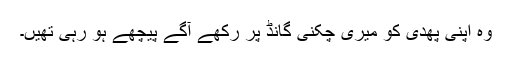
وہ اپنی پھدی کو میری چکنی گانڈ پر رکھے آگے پیچھے ہو رہی تھیں۔